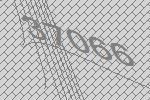
37066